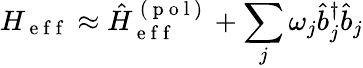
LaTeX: H_{\mathrm{~e~f~f~}}\approx\hat{H}_{\mathrm{~e~f~f~}}^{\mathrm{~(~p~o~l~)~}}+\sum_{j}\omega_{j}\hat{b}_{j}^{\dagger}\hat{b}_{j}